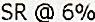
SR @ 6%